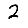
Digit: 2